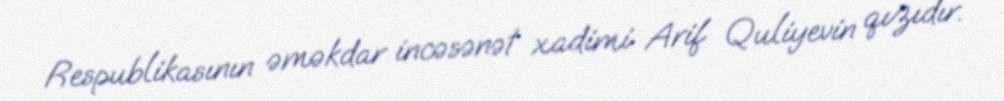
Respublikasının əməkdar incəsənət xadimi Arif Quliyevin qızıdır.